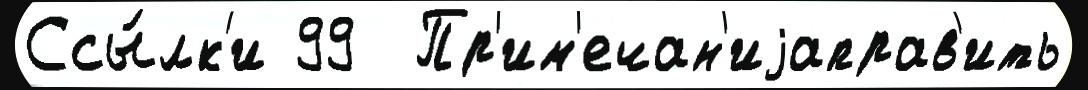
Ссы́лк'и 99  Пр'им'ечан'иjаправ'ить